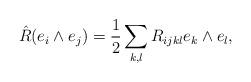
LaTeX: \begin{align*} \hat{R}(e_i\wedge e_j) =\frac 1 2 \sum_{k,l}R_{ijkl}e_k \wedge e_l,\end{align*}